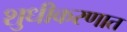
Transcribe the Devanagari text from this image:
शुधीकरणात